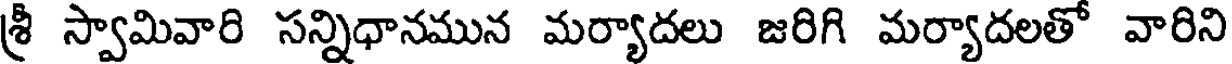
శ్రీ స్వామివారి సన్నిధానమున మర్యాదలు జరిగి మర్యాదలతో వారిని